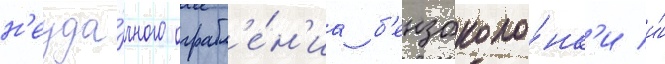
н'еуда́чного ограбл'е́н'иа б'ензоколо́нк'и и́